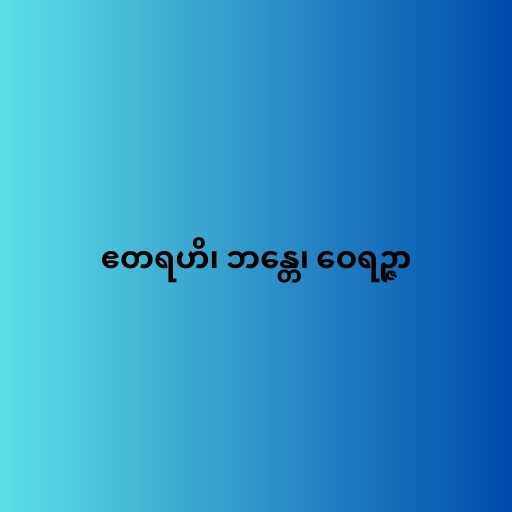
ဧတရဟိ၊ ဘန္တေ၊ ဝေရဉ္ဇာ